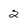
Character: 2